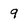
Character: 9